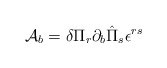
\begin{align*}{\cal A}_b = \delta\Pi_r\partial_b\hat\Pi_s\epsilon^{rs}\end{align*}